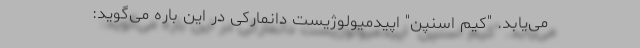
می‌یابد. "کیم اسنپن" اِپیدمیولوژیست دانمارکی در این باره می‌گوید: